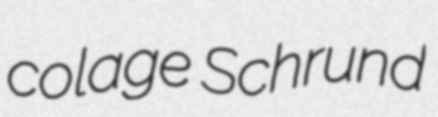
colage Schrund